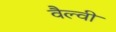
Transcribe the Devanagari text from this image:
वैल्वी